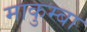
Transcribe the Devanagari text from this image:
माकुम्बा